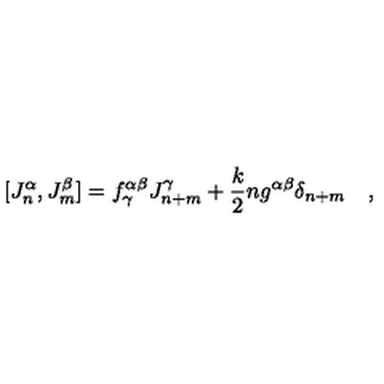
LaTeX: [ J _ { n } ^ { \alpha } , J _ { m } ^ { \beta } ] = f _ { \gamma } ^ { \alpha \beta } J _ { n + m } ^ { \gamma } + \frac { k } { 2 } n g ^ { \alpha \beta } \delta _ { n + m } \quad ,